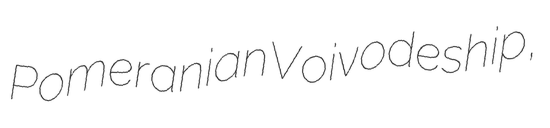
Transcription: Pomeranian Voivodeship,